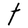
Character: t